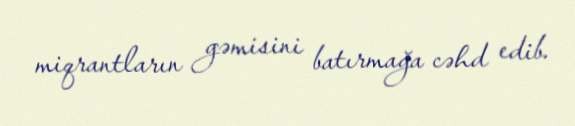
miqrantların gəmisini batırmağa cəhd edib.